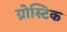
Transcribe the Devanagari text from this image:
ग्नोस्टिक